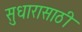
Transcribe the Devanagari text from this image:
सुधारासाठी